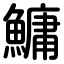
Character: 鱅